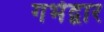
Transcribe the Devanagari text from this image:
गर्भद्वार